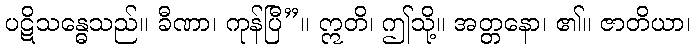
ပဋိသန္ဓေသည်။ ခီဏာ၊ ကုန်ပြီ”။ ဣတိ၊ ဤသို့။ အတ္တနော၊ ၏။ ဇာတိယာ၊